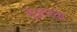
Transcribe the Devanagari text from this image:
ईआरके